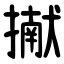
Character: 擜